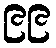
၉၉